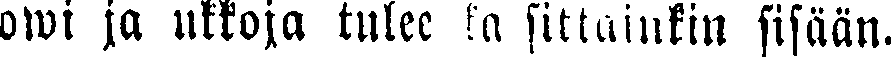
owi ja ukkoja tulee ka sittainkin sisään.